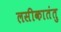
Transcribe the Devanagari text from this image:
लसीकातंतु